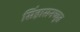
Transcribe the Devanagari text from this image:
सिंहासनच्युत